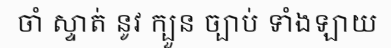
ចាំ ស្ទាត់ នូវ ក្បួន ច្បាប់ ទាំងឡាយ